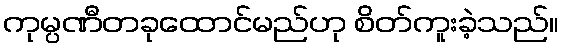
ကုမ္ပဏီတခုထောင်မည်ဟု စိတ်ကူးခဲ့သည်။